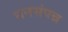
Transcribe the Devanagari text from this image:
धनसंपन्न